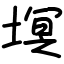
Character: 塓